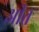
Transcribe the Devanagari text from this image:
अीत